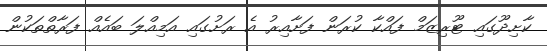
ކާށިދޫގައި ޓޫރިޒަމް ފައްކާ ކުރަން ފަށާއިރު އެ ރަށުގައި އަމިއްލަ ބައެއް ފަރާތްތަކުން